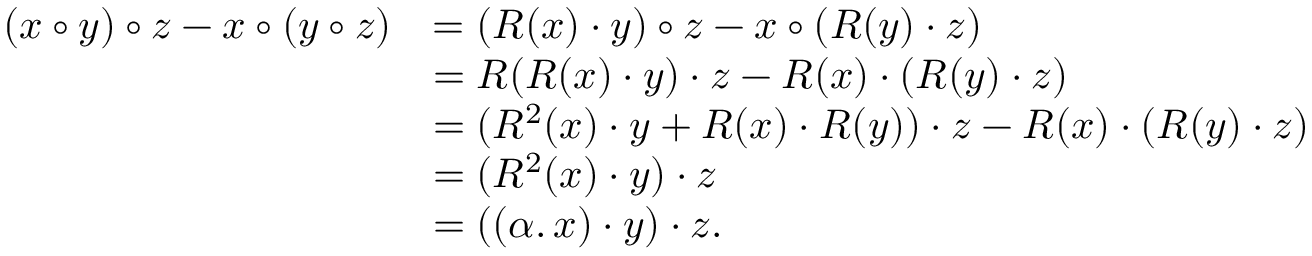
\begin{array} { r l } { ( x \circ y ) \circ z - x \circ ( y \circ z ) } & { = ( R ( x ) \cdot y ) \circ z - x \circ ( R ( y ) \cdot z ) } \\ & { = R ( R ( x ) \cdot y ) \cdot z - R ( x ) \cdot ( R ( y ) \cdot z ) } \\ & { = ( R ^ { 2 } ( x ) \cdot y + R ( x ) \cdot R ( y ) ) \cdot z - R ( x ) \cdot ( R ( y ) \cdot z ) } \\ & { = ( R ^ { 2 } ( x ) \cdot y ) \cdot z } \\ & { = ( ( \alpha . \, x ) \cdot y ) \cdot z . } \end{array}